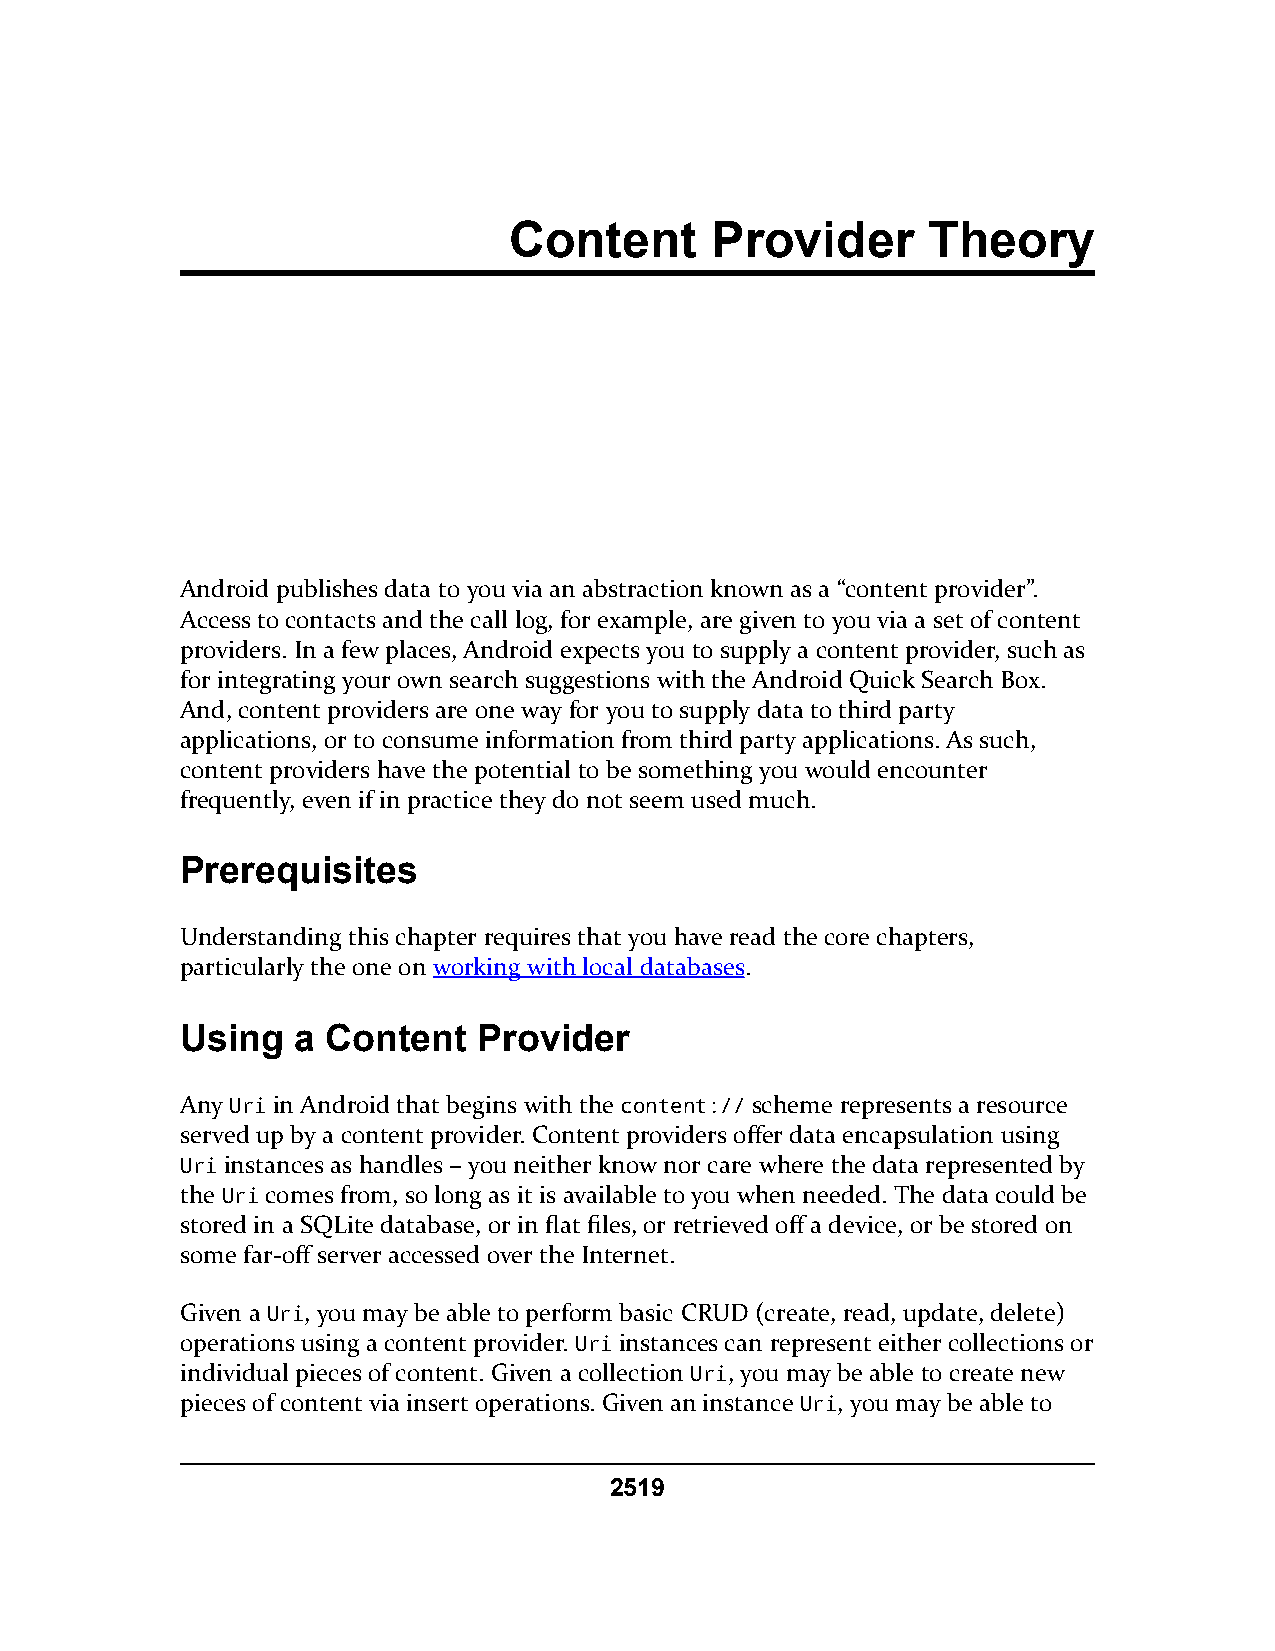
Content      Provider      Theory
 Android publishes data to you via an abstraction known as a “content provider”.
 Access to contacts and the call log, for example, are given to you via a set of content
 providers. In a few places, Android expects you to supply a content provider, such as
 for integrating your own search suggestions with the Android Quick Search Box.
 And, content providers are one way for you to supply data to third party
 applications, or to consume information from third party applications. As such,
 content providers have the potential to be something you would encounter
 frequently, even if in practice they do not seem used much.
 Prerequisites
 Understanding this chapter requires that you have read the core chapters,
 particularly the one on working with local databases.
 Using  a  Content   Provider
 Any Uri in Android that begins with the content:// scheme represents a resource
 served up by a content provider. Content providers offer data encapsulation using
 Uri instances as handles – you neither know nor care where the data represented by
 the Uri comes from, so long as it is available to you when needed. The data could be
 stored in a SQLite database, or in flat files, or retrieved off a device, or be stored on
 some far-off server accessed over the Internet.
 Given a Uri, you may be able to perform basic CRUD (create, read, update, delete)
 operations using a content provider. Uri instances can represent either collections or
 individual pieces of content. Given a collection Uri, you may be able to create new
 pieces of content via insert operations. Given an instance Uri, you may be able to
 2519